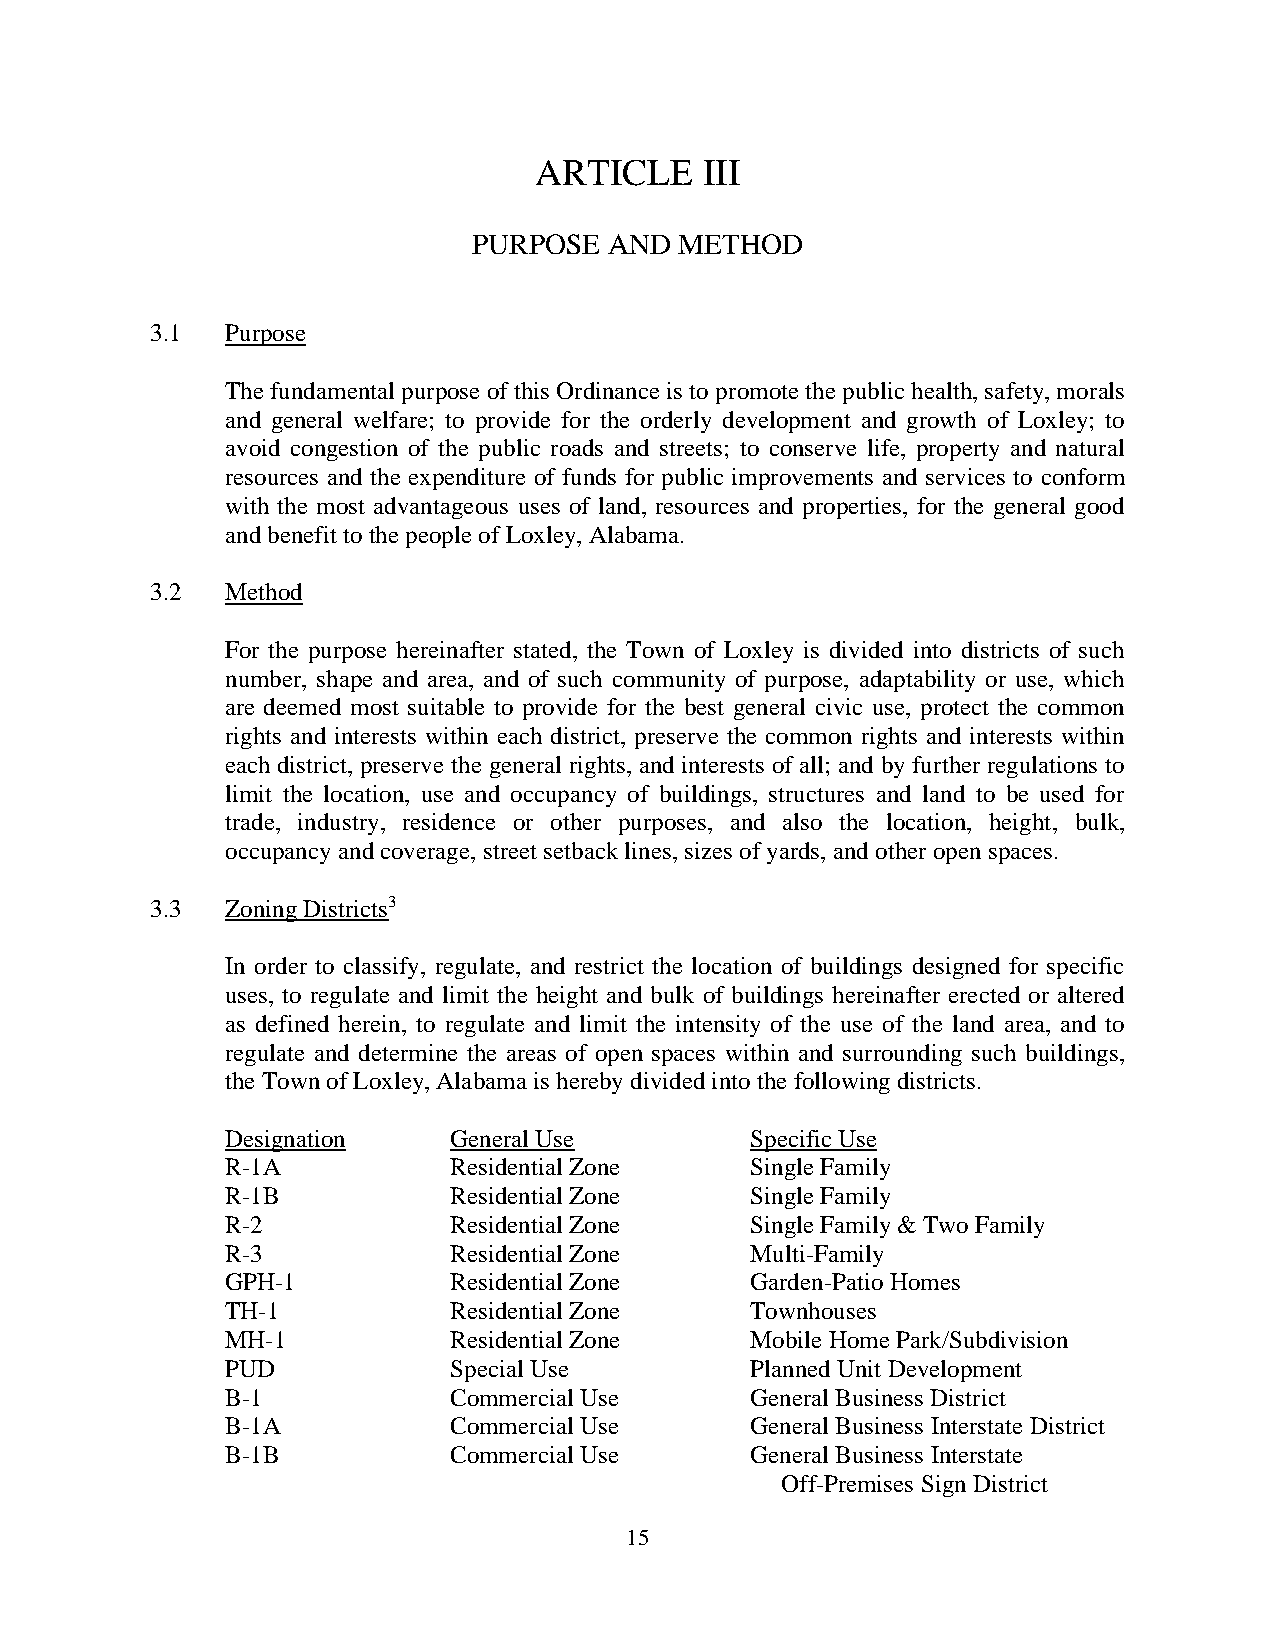
ARTICLE     III
 PURPOSE  AND  METHOD
 3.1  Purpose
 The fundamental purpose of this Ordinance is to promote the public health, safety, morals
 and general welfare; to provide for the orderly development and growth of Loxley; to
 avoid congestion of the public roads and streets; to conserve life, property and natural
 resources and the expenditure of funds for public improvements and services to conform
 with the most advantageous uses of land, resources and properties, for the general good
 and benefit to the people of Loxley, Alabama.
 3.2  Method
 For the purpose hereinafter stated, the Town of Loxley is divided into districts of such
 number, shape and area, and of such community of purpose, adaptability or use, which
 are deemed most suitable to provide for the best general civic use, protect the common
 rights and interests within each district, preserve the common rights and interests within
 each district, preserve the general rights, and interests of all; and by further regulations to
 limit the location, use and occupancy of buildings, structures and land to be used for
 trade, industry, residence or other purposes, and also the location, height, bulk,
 occupancy and coverage, street setback lines, sizes of yards, and other open spaces.
 3.3  Zoning Districts3
 In order to classify, regulate, and restrict the location of buildings designed for specific
 uses, to regulate and limit the height and bulk of buildings hereinafter erected or altered
 as defined herein, to regulate and limit the intensity of the use of the land area, and to
 regulate and determine the areas of open spaces within and surrounding such buildings,
 the Town of Loxley, Alabama is hereby divided into the following districts.
 Designation    General Use         Specific Use
 R-1A           Residential Zone    Single Family
 R-1B           Residential Zone    Single Family
 R-2            Residential Zone    Single Family & Two Family
 R-3            Residential Zone    Multi-Family
 GPH-1          Residential Zone    Garden-Patio Homes
 TH-1           Residential Zone    Townhouses
 MH-1           Residential Zone    Mobile Home Park/Subdivision
 PUD            Special Use         Planned Unit Development
 B-1            Commercial Use      General Business District
 B-1A           Commercial Use      General Business Interstate District
 B-1B           Commercial Use      General Business Interstate
 Off-Premises Sign District
 15